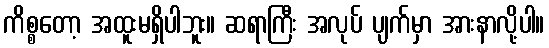
ကိစ္စတော့ အထူးမရှိပါဘူး။ ဆရာကြီး အလုပ် ပျက်မှာ အားနာလို့ပါ။